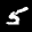
Label: 5